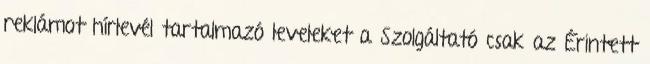
reklámot hírlevél tartalmazó leveleket a Szolgáltató csak az Érintett